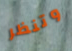
وتنظر